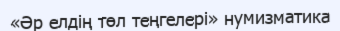
«Әр елдің төл теңгелері» нумизматика